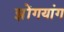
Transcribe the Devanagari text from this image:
झोंगयांग